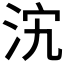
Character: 𣲼